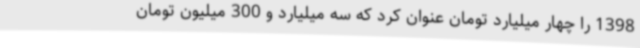
1398 را چهار میلیارد تومان عنوان کرد که سه میلیارد و 300 میلیون تومان